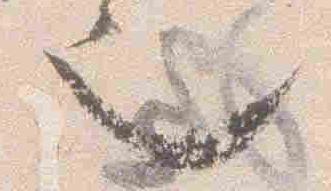
之